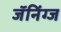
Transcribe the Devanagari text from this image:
जॅनिंग्ज